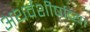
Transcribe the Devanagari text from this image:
अथर्वशीर्षाच्या